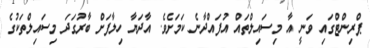
ޕްރިންޓްގައި ވަނީ އާ މިސައިލްތައް އުފައްދާނެ ކަމަށެވެ. އާދަޔާ ހިލާފަށް ބާރުގަދަ މިސައިލްތަކުގެ